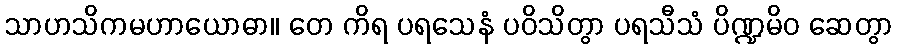
သာဟသိကမဟာယောဓာ။ တေ ကိရ ပရသေနံ ပဝိသိတွာ ပရသီသံ ပိဏ္ဍမိဝ ဆေတွာ